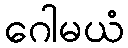
ဂေါမယံ